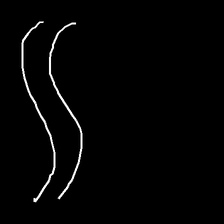
Glyph: float